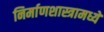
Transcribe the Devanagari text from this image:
निर्माणशास्त्रामध्ये